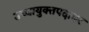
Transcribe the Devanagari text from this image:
उच्चायुक्तपदावर